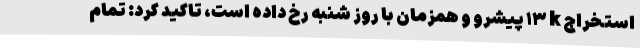
استخراج k ١٣ پیشرو و همزمان با روز شنبه رخ داده است، تاکید کرد: تمام